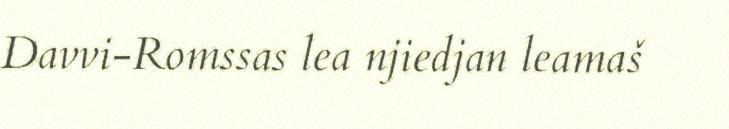
Davvi-Romssas lea njiedjan leamaš